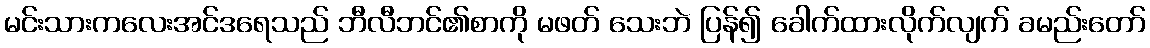
မင်းသားကလေးအင်ဒရေသည် ဘီလီဘင်၏စာကို မဖတ် သေးဘဲ ပြန်၍ ခေါက်ထားလိုက်လျက် ခမည်းတော်